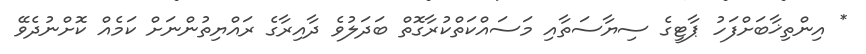
* އިންތިޚާބަށްފަހު ޕާޓީގެ ސިޔާސަތާއި މަސައްކަތްކުރާގޮތް ބަދަލުވެ ދާއިރާގެ ރައްޔިތުންނަށް ކަމެއް ކޮށްނުދެވޭ